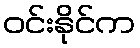
ဝင်းနိုင်က